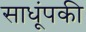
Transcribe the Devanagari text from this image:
साधूंपकी